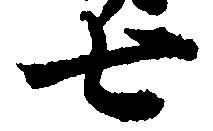
七